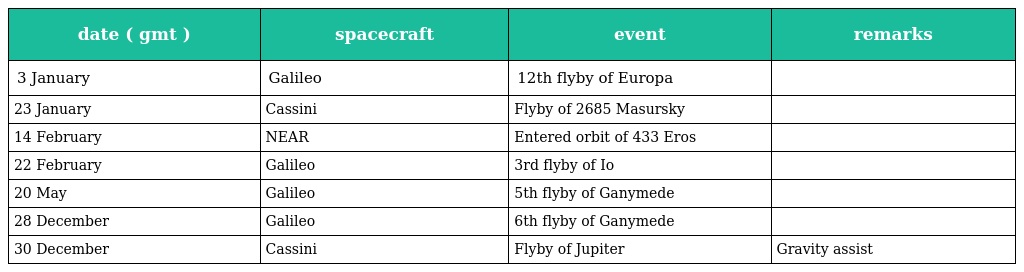
| date ( gmt ) | spacecraft | event | remarks |
 | --- | --- | --- | --- |
 | 3 January | Galileo | 12th flyby of Europa |  |
 | 23 January | Cassini | Flyby of 2685 Masursky |  |
 | 14 February | NEAR | Entered orbit of 433 Eros |  |
 | 22 February | Galileo | 3rd flyby of Io |  |
 | 20 May | Galileo | 5th flyby of Ganymede |  |
 | 28 December | Galileo | 6th flyby of Ganymede |  |
 | 30 December | Cassini | Flyby of Jupiter | Gravity assist |